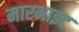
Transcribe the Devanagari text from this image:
मारमाइट